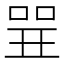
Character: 𠶬